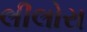
લીલોરા